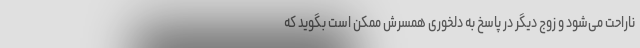
ناراحت می‌شود و زوج دیگر در پاسخ به دلخوری همسرش ممکن است بگوید که